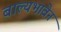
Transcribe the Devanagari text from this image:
बाल्यभावेन